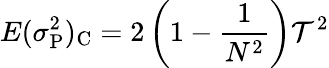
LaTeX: E(\sigma_{\mathrm P}^{2})_{\mathrm C}=2\left(1-{\frac{1}{N^{2}}}\right)\mathcal{T}^{2}